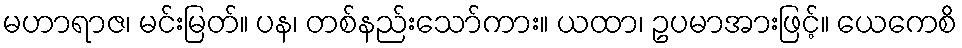
မဟာရာဇ၊ မင်းမြတ်။ ပန၊ တစ်နည်းသော်ကား။ ယထာ၊ ဥပမာအားဖြင့်။ ယေကေစိ